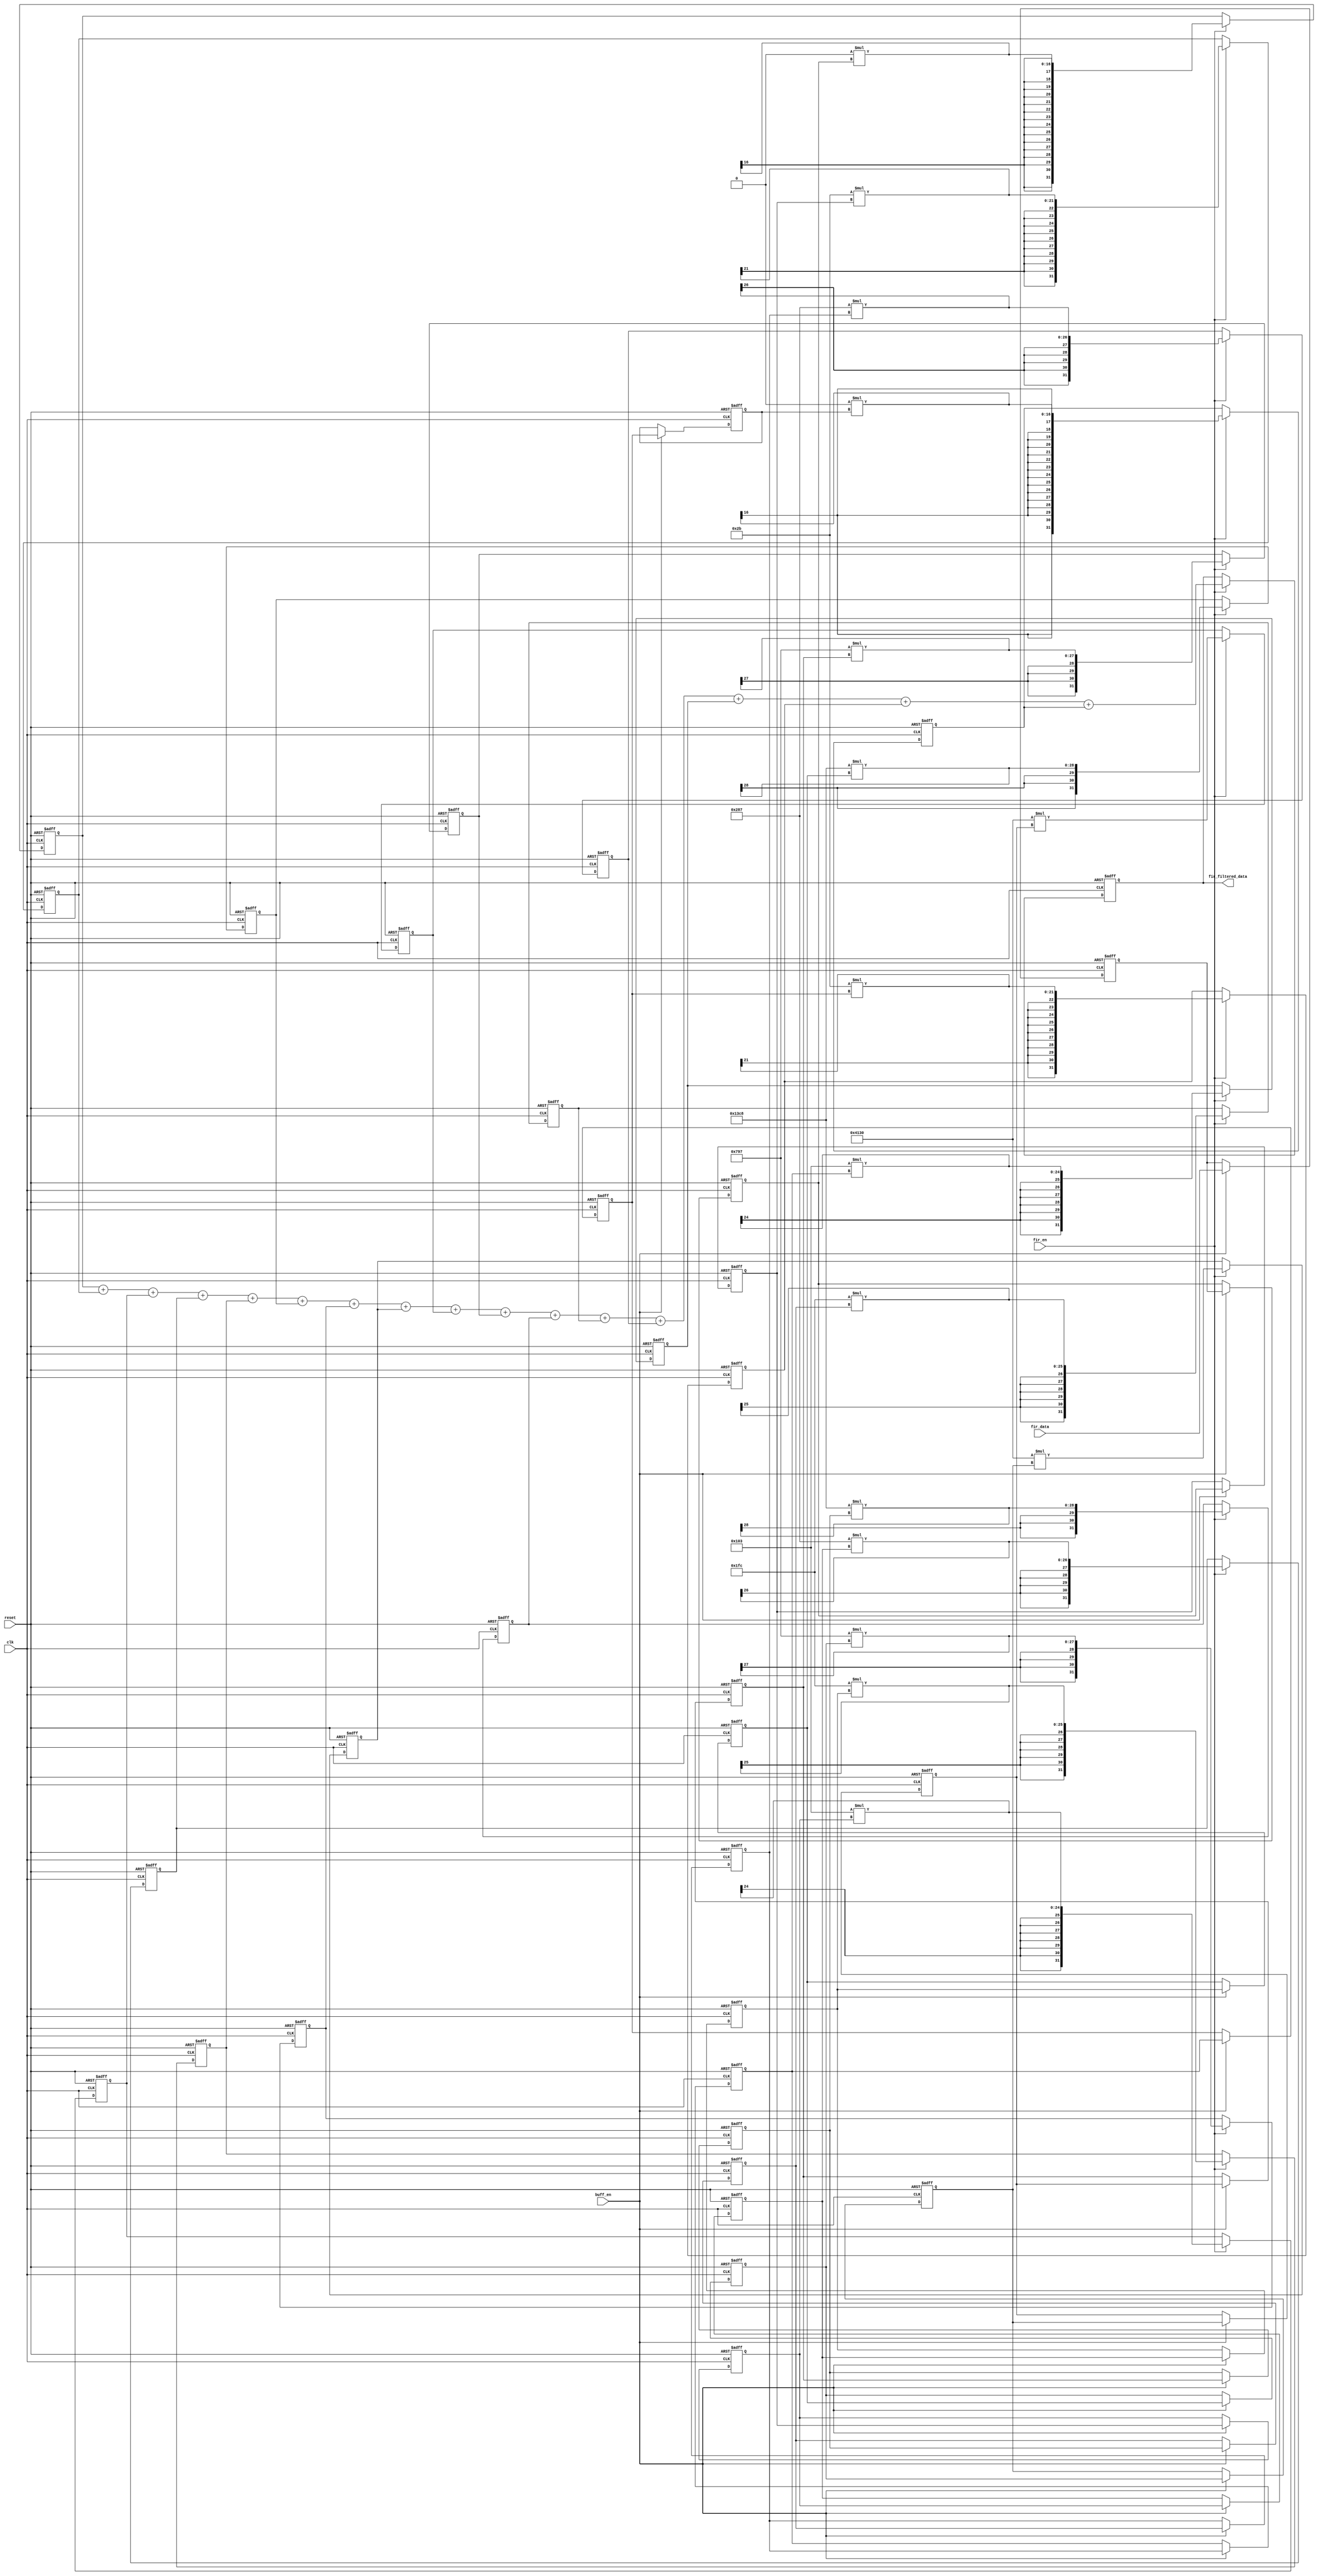
`timescale 1us/1ns 
module fir_filter (
input wire clk ,
input wire reset ,
input wire buff_en ,
input wire fir_en ,
input wire signed [15:0] fir_data ,
output reg signed [31:0] fir_filtered_data 
);

//internal signals
wire signed [15:0] coeff0, coeff1,coeff2,coeff3,coeff4,coeff5,coeff6,coeff7,coeff8,coeff9,coeff10,coeff11,coeff12,coeff13,coeff14,coeff15 ;
reg signed [15:0] in_sample ;
reg signed [15:0] buff0, buff1,buff2,buff3,buff4,buff5,buff6,buff7,buff8,buff9,buff10,buff11,buff12,buff13,buff14,buff15 ;
reg signed [31:0] mul0, mul1,mul2,mul3,mul4,mul5,mul6,mul7,mul8,mul9,mul10,mul11,mul12,mul13,mul14,mul15 ;

//FIR coefficient from matlab 
assign coeff0 = 16'h0000; //0
assign coeff1 = 16'hFFEB; //-0.00065399082724806868
assign coeff2 = 16'hFF03; //-0.0077440185392514379
assign coeff3 = 16'h0287; //0.0197663886569323
assign coeff4 = 16'h01FC; //0.015516939436430986 
assign coeff5 = 16'hF3C8; //-0.095469815606215772
assign coeff6 = 16'h0797; //0.059299165970796999
assign coeff7 = 16'h4130; //0.50928533090855499
assign coeff8 = 16'h4130; //0.50928533090855499
assign coeff9 = 16'h0797; //0.059299165970796999
assign coeff10 = 16'hF3C8; //-0.095469815606215772
assign coeff11 = 16'h01FC; //0.015516939436430986 
assign coeff12 = 16'h0287; //0.0197663886569323
assign coeff13 = 16'hFF03; //-0.0077440185392514379
assign coeff14 = 16'hFFEB; //-0.00065399082724806868
assign coeff15 = 16'h0000; //0
  



//buffering_stage   
always@(posedge clk or negedge reset)
begin
  if(!reset)
    begin
      in_sample <= 16'h0 ;
    end
  else if(buff_en)
    begin
      in_sample <= fir_data ;
    end
  else 
    begin
      in_sample <= in_sample ;
    end 
end      
      
      
  
//shifting_stage  
always@(posedge clk or negedge reset)
begin
  if(!reset)
    begin   
      buff0 <= 16'b0 ;
      buff1 <= 16'b0 ;
      buff2 <= 16'b0 ;
      buff3 <= 16'b0 ;
      buff4 <= 16'b0 ;
      buff5 <= 16'b0 ;
      buff6 <= 16'b0 ;
      buff7 <= 16'b0 ;
      buff8 <= 16'b0 ;
      buff9 <= 16'b0 ;
      buff10 <= 16'b0 ;
      buff11 <= 16'b0 ;
      buff12 <= 16'b0 ;
      buff13 <= 16'b0 ;
      buff14 <= 16'b0 ;
      buff15 <= 16'b0 ;
    end 
  else if(buff_en)
    begin 
      buff0 <= in_sample ;
      buff1 <= buff0 ;
      buff2 <= buff1 ;
      buff3 <= buff2 ;
      buff4 <= buff3 ;
      buff5 <= buff4 ;
      buff6 <= buff5 ;
      buff7 <= buff6 ;
      buff8 <= buff7 ;
      buff9 <= buff8 ;
      buff10 <= buff9 ;
      buff11 <= buff10 ;
      buff12 <= buff11 ;
      buff13 <= buff12 ;
      buff14 <= buff13 ;
      buff15 <= buff14 ;
    end
  else
    begin 
      buff0 <= buff0;
      buff1 <= buff1 ;
      buff2 <= buff2 ;
      buff3 <= buff3 ;
      buff4 <= buff4 ;
      buff5 <= buff5 ;
      buff6 <= buff6 ;
      buff7 <= buff7 ;
      buff8 <= buff8 ;
      buff9 <= buff9 ;
      buff10 <= buff10 ;
      buff11 <= buff11 ;
      buff12 <= buff12 ;
      buff13 <= buff13 ;
      buff14 <= buff14 ;
      buff15 <= buff15 ;
    end
end 


//multiplication_stage
always@(posedge clk or negedge reset)
begin
  if(!reset)
    begin   
      mul0 <= 32'b0 ;
      mul1 <= 32'b0 ;
      mul2 <= 32'b0 ;
      mul3 <= 32'b0 ;
      mul4 <= 32'b0 ;
      mul5 <= 32'b0 ;
      mul6 <= 32'b0 ;
      mul7 <= 32'b0 ;
      mul8 <= 32'b0 ;
      mul9 <= 32'b0 ;
      mul10 <= 32'b0 ;
      mul11 <= 32'b0 ;
      mul12 <= 32'b0 ;
      mul13 <= 32'b0 ;
      mul14 <= 32'b0 ;
      mul15 <= 32'b0 ;
    end 
  else if(fir_en)
    begin 
      mul0 <= coeff0 * buff0 ;
      mul1 <= coeff1 * buff1  ;
      mul2 <= coeff2 * buff2  ;
      mul3 <= coeff3 * buff3 ;
      mul4 <= coeff4 * buff4  ;
      mul5 <= coeff5 * buff5 ;
      mul6 <= coeff6 * buff6  ;
      mul7 <= coeff7 * buff7  ;
      mul8 <= coeff8 * buff8  ;
      mul9 <= coeff9 * buff9  ;
      mul10 <= coeff10 * buff10  ;
      mul11 <= coeff11 * buff11 ;
      mul12 <= coeff12 * buff12  ;
      mul13 <= coeff13 * buff13  ;
      mul14 <= coeff14 * buff14 ;
      mul15 <= coeff15 * buff15 ;
    end
  end 

//adding_stage 
always@(posedge clk or negedge reset)
begin
  if(!reset)
    begin
      fir_filtered_data <= 32'b0;
    end 
  else if(fir_en)
    begin
      fir_filtered_data <= mul0 + mul1 + mul2 + mul3 + mul4 + mul5 + mul6 + mul7 + mul8 + mul9 + mul10 + mul11 + mul12 + mul13 + mul14 + mul15 ;
    end 
end 
  

endmodule